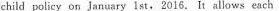
child policy on January 1st, 2016. It allows each